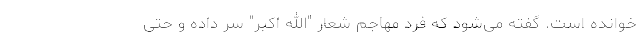
خوانده است. گفته می‌شود که فرد مهاجم شعار "الله‌ اکبر" سر داده و حتی